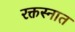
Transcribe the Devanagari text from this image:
रक्तस्नात